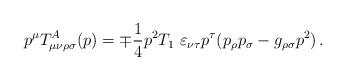
LaTeX: \begin{align*}p^{\mu} T^{A}_{\mu \nu \rho \sigma}(p) = \mp \frac{1}{4} p^{2}T_{1}\ \varepsilon_{\nu\tau}p^{\tau}(p_{\rho}p_{\sigma}-g_{\rho\sigma}p^{2}) \, .\end{align*}